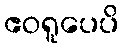
ဧဝရူပေပိ